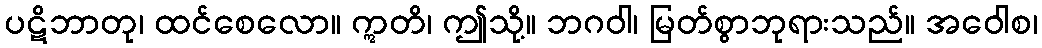
ပဋိဘာတု၊ ထင်စေလော။ ဣတိ၊ ဤသို့။ ဘဂဝါ၊ မြတ်စွာဘုရားသည်။ အဝေါစ၊